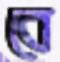
বে